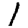
Digit: 1